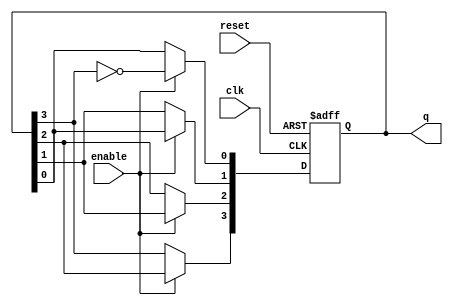
module johnson_counter (
    input wire clk,        // Clock input
    input wire reset,      // Asynchronous reset
    input wire enable,     // Enable signal for counting
    output reg [3:0] q     // Counter output (4 bits)
);

    // Always block for Johnson counter behavior
    always @(posedge clk or posedge reset) begin
        if (reset) begin
            // Asynchronous reset: set counter to 0
            q <= 4'b0000;
        end else if (enable) begin
            // Johnson counter logic
            q[0] <= ~q[3];  // Feedback from the last flip-flop to the first
            q[1] <= q[0];   // Shift left
            q[2] <= q[1];   // Shift left
            q[3] <= q[2];   // Shift left
        end
        // If enable is not asserted, retain the current state
    end

endmodule